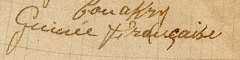
Guinée Française